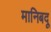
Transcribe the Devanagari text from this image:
मानिबदू